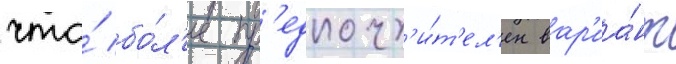
что́ бо́л'ее пр'едпочт'и́т'ел'ен вар'иа́нт